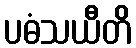
ပဓံသယီတိ